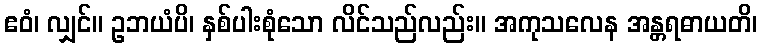
ဧဝံ၊ လျှင်။ ဥဘယံပိ၊ နှစ်ပါးစုံသော လိင်သည်လည်း။ အကုသလေန အန္တရဓာယတိ၊